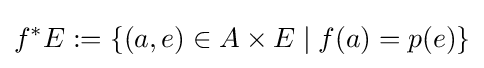
f^{*}E:=\{(a,e)\in A\times E\mid f(a)=p(e)\}